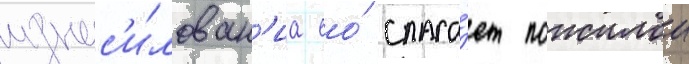
изнас'и́лован'иа ео́ спаса́ет пожилои